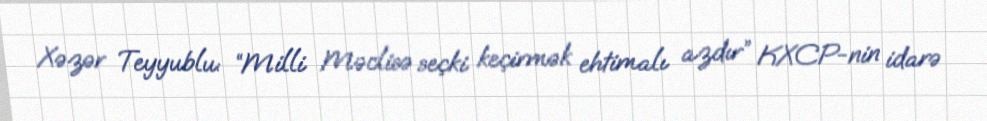
Xəzər Teyyublu: “Milli Məclisə seçki keçirmək ehtimalı azdır” KXCP-nin idarə